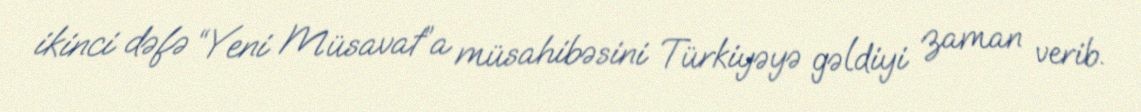
ikinci dəfə “Yeni Müsavat”a müsahibəsini Türkiyəyə gəldiyi zaman verib.